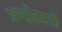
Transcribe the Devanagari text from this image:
अण्ड्रोइडची